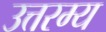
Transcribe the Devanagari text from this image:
उत्तरम्य